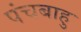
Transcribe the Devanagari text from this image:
पंचबाहु